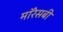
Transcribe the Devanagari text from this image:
मॉरेसबी